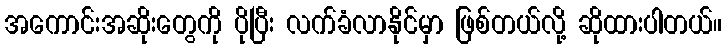
အကောင်းအဆိုးတွေကို ပိုပြီး လက်ခံလာနိုင်မှာ ဖြစ်တယ်လို့ ဆိုထားပါတယ်။